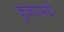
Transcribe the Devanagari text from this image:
कुकरमधे